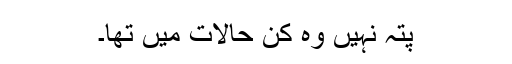
پتہ نہیں وہ کن حالات میں تھا۔